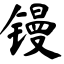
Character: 镘